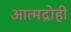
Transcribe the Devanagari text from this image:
आत्मद्रोही